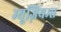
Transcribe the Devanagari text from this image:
म्यूज़ियम्स